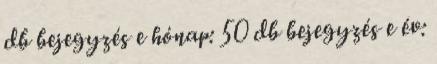
db bejegyzés e hónap: 50 db bejegyzés e év: